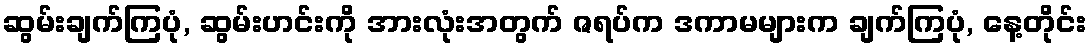
ဆွမ်းချက်ကြပုံ, ဆွမ်းဟင်းကို အားလုံးအတွက် ဇရပ်က ဒကာမများက ချက်ကြပုံ, နေ့တိုင်း